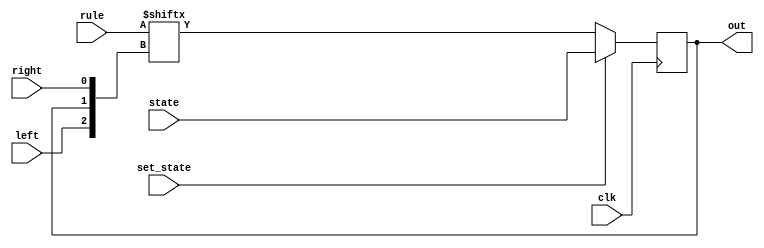
module ca_cell(clk, out, rule, left, state, set_state, right);
  input wire       clk;
  input wire [7:0] rule;

  input wire       left;
  input wire       right;

  input wire       state;
  input wire       set_state;

  output reg       out;

  always @ ( posedge clk ) begin
    if (set_state)
      out <= state;
    else
      out <= rule[{left,out,right}];
  end

endmodule